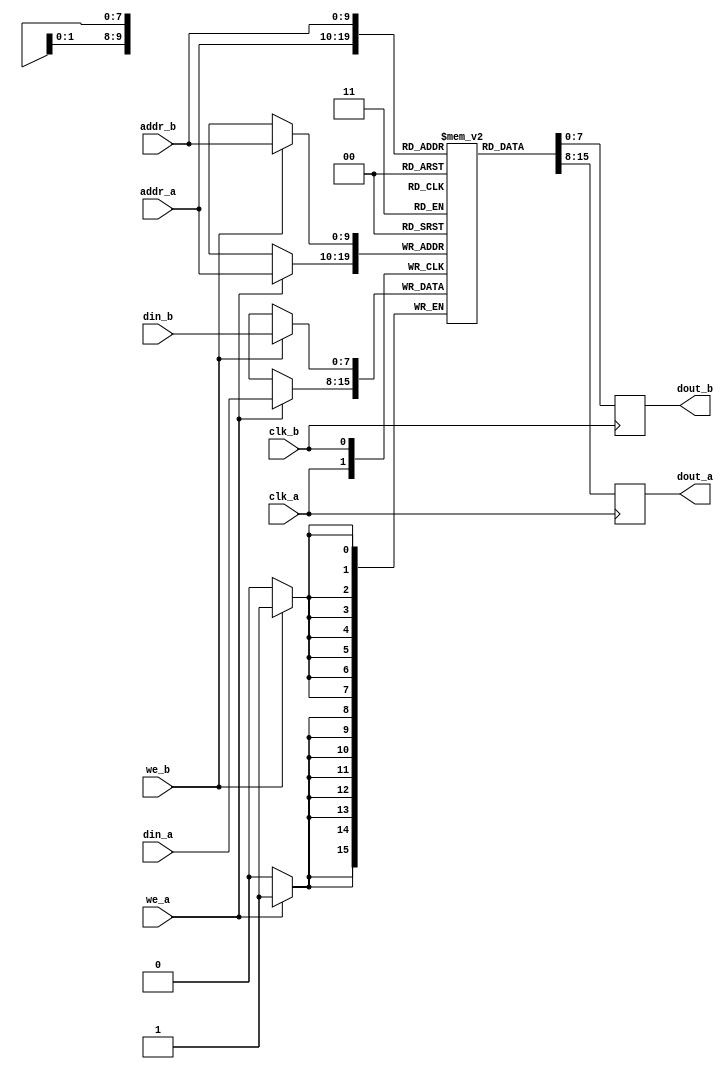
module dual_port_sram #(
    parameter ADDR_WIDTH = 10, // Address width (for 1K x 8, use 10)
    parameter DATA_WIDTH = 8    // Data width (8 bits)
)(
    input wire clk_a,           // Clock for Port A
    input wire clk_b,           // Clock for Port B
    input wire we_a,            // Write enable for Port A
    input wire we_b,            // Write enable for Port B
    input wire [ADDR_WIDTH-1:0] addr_a, // Address for Port A
    input wire [ADDR_WIDTH-1:0] addr_b, // Address for Port B
    input wire [DATA_WIDTH-1:0] din_a,   // Data input for Port A
    input wire [DATA_WIDTH-1:0] din_b,   // Data input for Port B
    output reg [DATA_WIDTH-1:0] dout_a,   // Data output for Port A
    output reg [DATA_WIDTH-1:0] dout_b    // Data output for Port B
);

    // Memory array declaration
    reg [DATA_WIDTH-1:0] mem_array [(2**ADDR_WIDTH)-1:0];

    // Port A operations
    always @(posedge clk_a) begin
        if (we_a) begin
            // Write operation for Port A
            mem_array[addr_a] <= din_a;
        end
        // Read operation for Port A
        dout_a <= mem_array[addr_a];
    end

    // Port B operations
    always @(posedge clk_b) begin
        if (we_b) begin
            // Write operation for Port B
            mem_array[addr_b] <= din_b;
        end
        // Read operation for Port B
        dout_b <= mem_array[addr_b];
    end

endmodule